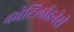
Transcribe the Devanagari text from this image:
कोटिलीडनेरी